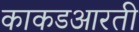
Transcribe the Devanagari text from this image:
काकडआरती